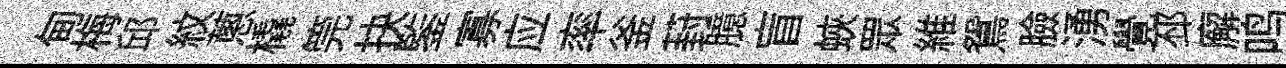
甸梅邱紋蔥橇筦抉鍳寡应率釜葑臆盲蛺眾維鴛臉湧覺邳廨鸣